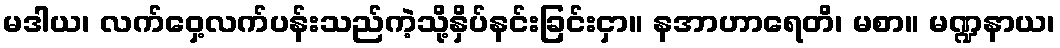
မဒါယ၊ လက်ဝှေ့လက်ပန်းသည်ကဲ့သို့နှိပ်နင်းခြင်းငှာ။ နအာဟာရေတိ၊ မစာ။ မဏ္ဍနာယ၊